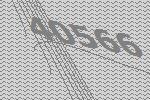
40566